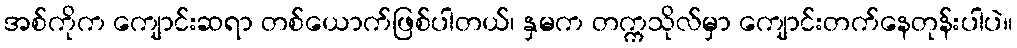
အစ်ကိုက ကျောင်းဆရာ တစ်ယောက်ဖြစ်ပါတယ်၊ နှမက တက္ကသိုလ်မှာ ကျောင်းတက်နေတုန်းပါပဲ။